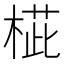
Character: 𣖨